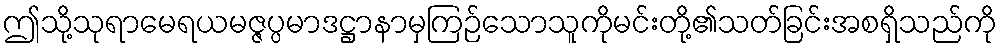
ဤသို့သုရာမေရယမဇ္ဇပ္ပမာဒဋ္ဌာနာမှကြဉ်သောသူကိုမင်းတို့၏သတ်ခြင်းအစရှိသည်ကို